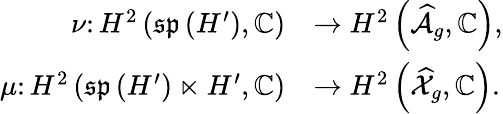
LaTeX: \begin{array}{rl}{\nu\colon H^{2}\left(\mathfrak{sp}\left(H^{\prime}\right),\mathbb{C}\right)}&{\rightarrow H^{2}\left(\widehat{\mathcal{A}}_{g},\mathbb{C}\right),}\\ {\mu\colon H^{2}\left(\mathfrak{sp}\left(H^{\prime}\right)\ltimes H^{\prime},\mathbb{C}\right)}&{\rightarrow H^{2}\left(\widehat{\mathcal{X}}_{g},\mathbb{C}\right).}\end{array}